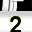
Digit: 2